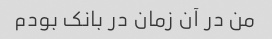
من در آن زمان در بانک بودم